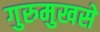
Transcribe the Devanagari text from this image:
गुरुमुखसे